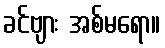
ခင်ဗျား အစ်မရော။